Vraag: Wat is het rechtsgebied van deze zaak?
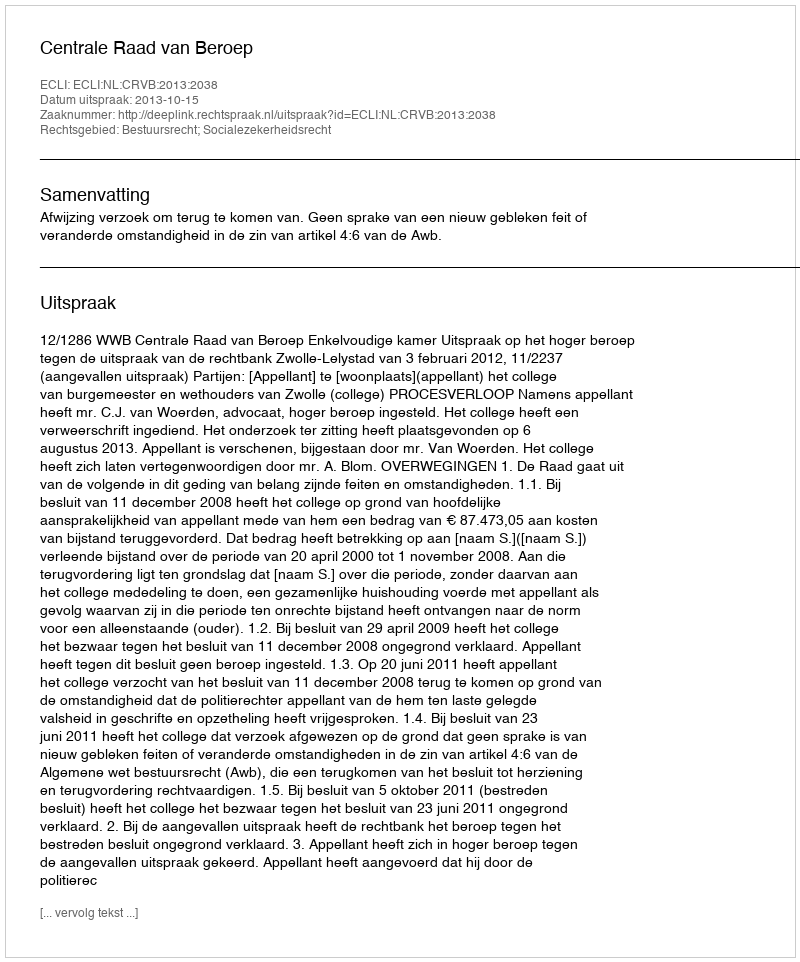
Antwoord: Bestuursrecht; Socialezekerheidsrecht